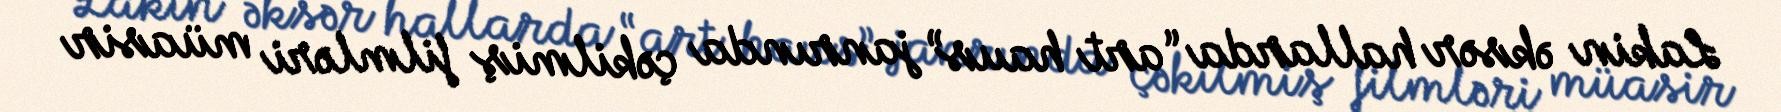
Lakin əksər hallarda “art haus” janrında çəkilmiş filmləri müasir